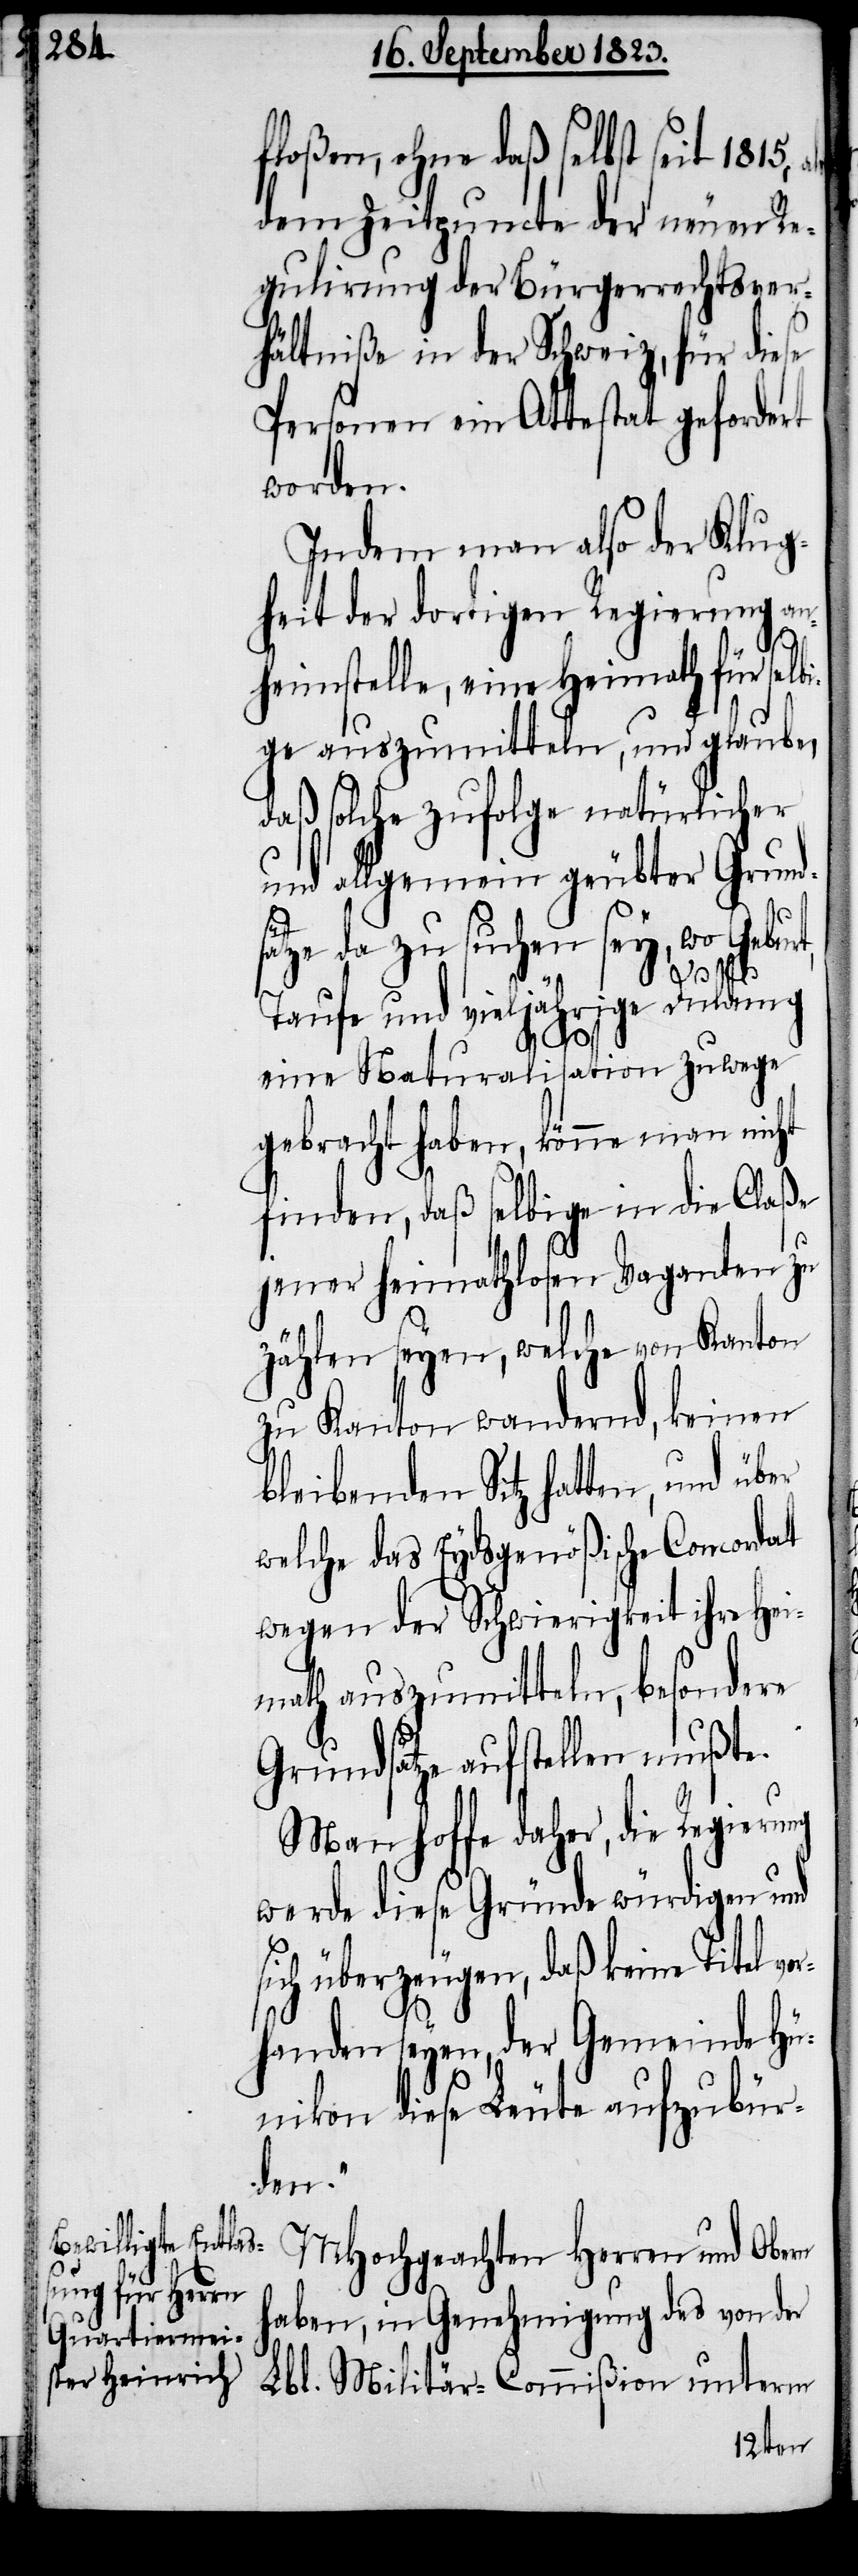
floßen, ohne daß selbst seit 1815,
dem Zeitpuncte der neuen Re¬
gulirung der Bürgerrechtsver¬
hältniße in der Schweiz, für diese
Personen ein Attestat gefordert
worden.
Indem man also der Klug¬
heit der dortigen Regierung an¬
heimstelle, eine Heimath für selb¬
ige auszumitteln, und glaube,
daß solche zufolge natürlicher
und allgemein geübter Grund¬
or¬
sätze da zu suchen sey, wo Geburt,
Taufe und vieljährige Duldung
eine Naturalisation zuwege
gebracht haben, könne man nicht
finden, daß selbige in die Claße
jener heimathlosen Vaganten zu
zählen seyen, welche von Kanton
zu Kanton wandernd, keinen
bleibenden Sitz hatten, und über
welche das Eydsgenößische Concordat
wegen der Schwierigkeit ihre Hei¬
math auszumitteln, besondere
Grundsätze aufstellen mußte.
Man hoffe daher, die Regierung
werde diese Gründe würdigen und
sich überzeugen, daß keine Titel v¬
handen seyen, der Gemeinde Hü¬
nikon diese Leute aufzubür¬
den.“
MHochgeachten Herren und Obern
haben, in Genehmigung des von der